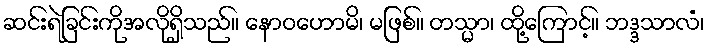
ဆင်းရဲခြင်းကိုအလိုရှိသည်။ နောဝဟောမိ၊ မဖြစ်။ တသ္မာ၊ ထို့ကြောင့်။ ဘဒ္ဒသာလံ၊